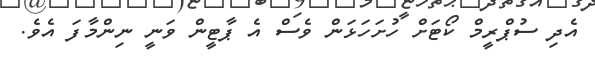
އެދި ސުޕްރީމް ކޯޓަށް ހުށަހަޅަން ވެސް އެ ޕާޓީން ވަނީ ނިންމާފަ އެވެ.